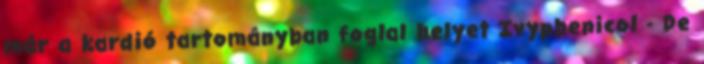
már a kardió tartományban foglal helyet Ivyphenicol - De